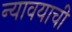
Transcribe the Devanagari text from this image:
न्यावयाची